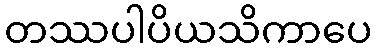
တဿပါပိယသိကာပေ